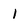
Character: i